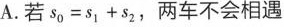
A. 若$$ s _ { 0 } = s _ { 1 } + s _ { 2 }$$，两车不会相遇